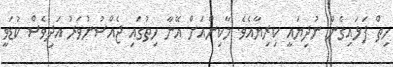
ހިތް ފަޅައިގެން ނުދިޔައީ ކިރިޔާއެވެ. މާކިންއަށް އޭނާ ހިތުގައި ޖެއްސުނުވަރު އަދިވެސް ކުޑަވީ